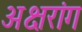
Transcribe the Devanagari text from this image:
अक्षरांग